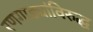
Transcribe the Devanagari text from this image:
रणगाड्यांविरुद्ध